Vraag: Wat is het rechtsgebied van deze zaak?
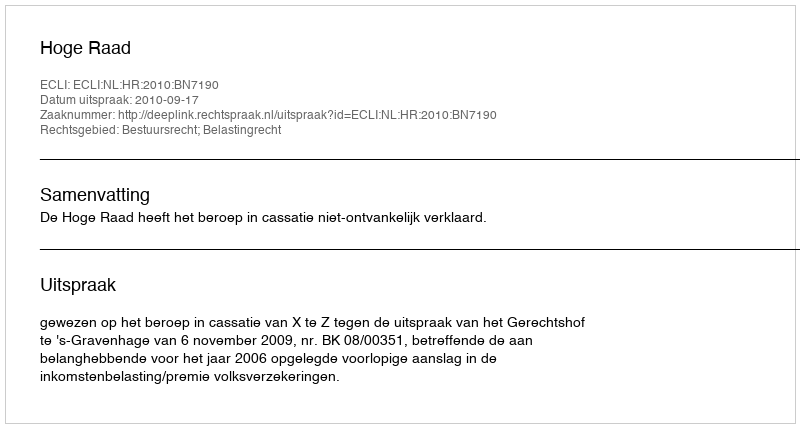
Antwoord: Bestuursrecht; Belastingrecht